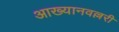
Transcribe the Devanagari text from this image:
आख्यानवल्लरी